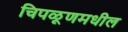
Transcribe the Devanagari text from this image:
चिपळूणमधील